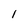
Character: l